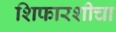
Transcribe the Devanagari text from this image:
शिफारशीचा